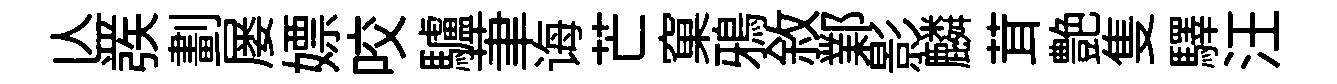
亾彂劃屡嫖咬驢茟诲芒窠鴉敘鄴影麟茸艶隻驛汪